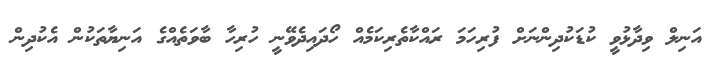
އަނިލް ވިދާޅުވީ ކުޑަކުދިންނަށް ފުރިހަމަ ރައްކާތެރިކަމެއް ހޯދައިދެވޭނީ ހުރިހާ ބާވަތެއްގެ އަނިޔާތަކުން އެކުދިން